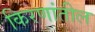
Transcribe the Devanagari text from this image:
किरणांतील